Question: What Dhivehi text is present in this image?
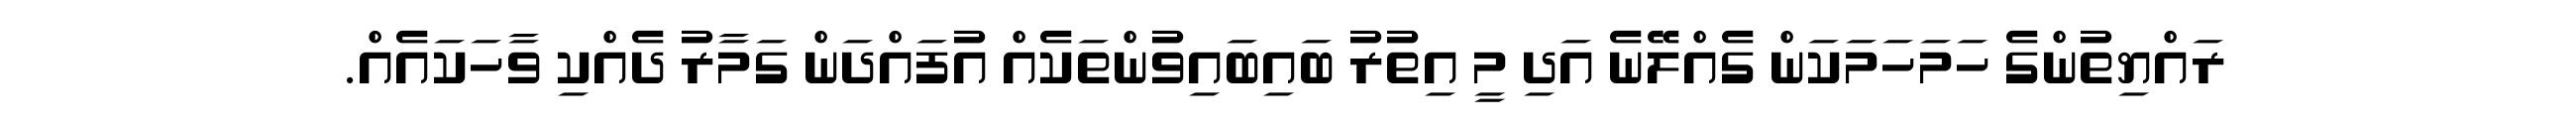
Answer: ރައްޔިތުންގެ ހަމަހަމަކަން ގެއްލޭނެ އަދި މީ އިތުރު ބައިބައިވުންތަކެއް އުފައްދަން ގަމާރު ދެއްކި ވާހަކައެއް.